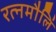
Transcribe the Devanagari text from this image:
रत्नमौलिं